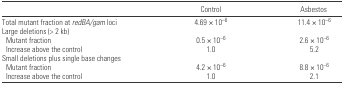
|  | Control | Asbestos |
 | --- | --- | --- |
 | Total mutant fraction at redBA/gam loci | 4.69 × 10−6 | 11.4 × 10−6 |
 | <COLSPAN=3> Large deletions (> 2 kb) |
 | Mutant fraction | 0.5 × 10−6 | 2.6 × 10−6 |
 | Increase above the control | 1.0 | 5.2 |
 | <COLSPAN=3> Small deletions plus single base changes |
 | Mutant fraction | 4.2 × 10−6 | 8.8 × 10−6 |
 | Increase above the control | 1.0 | 2.1 |